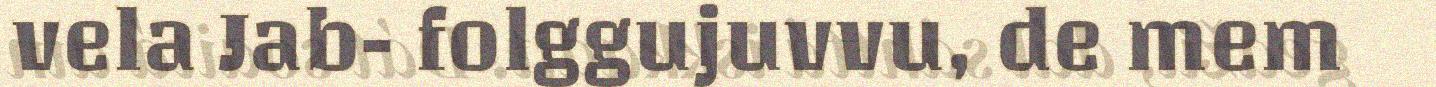
vela Jab- folggujuvvu, de mem